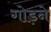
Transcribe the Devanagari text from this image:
गोड़ने